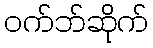
ဝက်ဘ်ဆိုက်